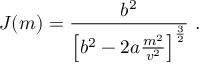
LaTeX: J ( m ) = { \frac { b ^ { 2 } } { \left[ b ^ { 2 } - 2 a { \frac { m ^ { 2 } } { v ^ { 2 } } } \right] ^ { \frac { 3 } { 2 } } } } \ .